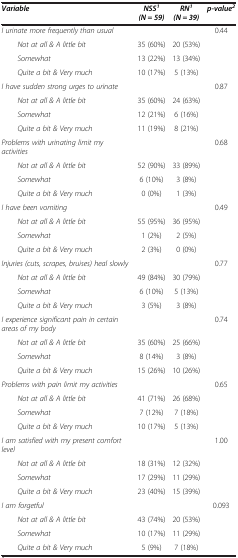
<table><thead><tr><td><b><i>Variable</i></b></td><td><b><i>NSS</i><sup><i>1 </i></sup><i>(N = 59)</i></b></td><td><b><i>RN</i><sup><i>1 </i></sup><i>(N = 39)</i></b></td><td><b><i>p-value</i><sup><i>2</i></sup></b></td></tr></thead><tbody><tr><td><i>I urinate more frequently than usual</i></td><td> </td><td> </td><td>0.44</td></tr><tr><td><i>Not at all &amp; A little bit</i></td><td>35 (60%)</td><td>20 (53%)</td><td> </td></tr><tr><td><i>Somewhat</i></td><td>13 (22%)</td><td>13 (34%)</td><td> </td></tr><tr><td><i>Quite a bit &amp; Very much</i></td><td>10 (17%)</td><td>5 (13%)</td><td> </td></tr><tr><td><i>I have sudden strong urges to urinate</i></td><td> </td><td> </td><td>0.87</td></tr><tr><td><i>Not at all &amp; A little bit</i></td><td>35 (60%)</td><td>24 (63%)</td><td> </td></tr><tr><td><i>Somewhat</i></td><td>12 (21%)</td><td>6 (16%)</td><td> </td></tr><tr><td><i>Quite a bit &amp; Very much</i></td><td>11 (19%)</td><td>8 (21%)</td><td> </td></tr><tr><td><i>Problems with urinating limit my activities</i></td><td> </td><td> </td><td>0.68</td></tr><tr><td><i>Not at all &amp; A little bit</i></td><td>52 (90%)</td><td>33 (89%)</td><td> </td></tr><tr><td><i>Somewhat</i></td><td>6 (10%)</td><td>3 (8%)</td><td> </td></tr><tr><td><i>Quite a bit &amp; Very much</i></td><td>0 (0%)</td><td>1 (3%)</td><td> </td></tr><tr><td><i>I have been vomiting</i></td><td> </td><td> </td><td>0.49</td></tr><tr><td><i>Not at all &amp; A little bit</i></td><td>55 (95%)</td><td>36 (95%)</td><td> </td></tr><tr><td><i>Somewhat</i></td><td>1 (2%)</td><td>2 (5%)</td><td> </td></tr><tr><td><i>Quite a bit &amp; Very much</i></td><td>2 (3%)</td><td>0 (0%)</td><td> </td></tr><tr><td><i>Injuries (cuts, scrapes, bruises) heal slowly</i></td><td> </td><td> </td><td>0.77</td></tr><tr><td><i>Not at all &amp; A little bit</i></td><td>49 (84%)</td><td>30 (79%)</td><td> </td></tr><tr><td><i>Somewhat</i></td><td>6 (10%)</td><td>5 (13%)</td><td> </td></tr><tr><td><i>Quite a bit &amp; Very much</i></td><td>3 (5%)</td><td>3 (8%)</td><td> </td></tr><tr><td><i>I experience significant pain in certain areas of my body</i></td><td> </td><td> </td><td>0.74</td></tr><tr><td><i>Not at all &amp; A little bit</i></td><td>35 (60%)</td><td>25 (66%)</td><td> </td></tr><tr><td><i>Somewhat</i></td><td>8 (14%)</td><td>3 (8%)</td><td> </td></tr><tr><td><i>Quite a bit &amp; Very much</i></td><td>15 (26%)</td><td>10 (26%)</td><td> </td></tr><tr><td><i>Problems with pain limit my activities</i></td><td> </td><td> </td><td>0.65</td></tr><tr><td><i>Not at all &amp; A little bit</i></td><td>41 (71%)</td><td>26 (68%)</td><td> </td></tr><tr><td><i>Somewhat</i></td><td>7 (12%)</td><td>7 (18%)</td><td> </td></tr><tr><td><i>Quite a bit &amp; Very much</i></td><td>10 (17%)</td><td>5 (13%)</td><td> </td></tr><tr><td><i>I am satisfied with my present comfort level</i></td><td> </td><td> </td><td>1.00</td></tr><tr><td><i>Not at all &amp; A little bit</i></td><td>18 (31%)</td><td>12 (32%)</td><td> </td></tr><tr><td><i>Somewhat</i></td><td>17 (29%)</td><td>11 (29%)</td><td> </td></tr><tr><td><i>Quite a bit &amp; Very much</i></td><td>23 (40%)</td><td>15 (39%)</td><td> </td></tr><tr><td><i>I am forgetful</i></td><td> </td><td> </td><td>0.093</td></tr><tr><td><i>Not at all &amp; A little bit</i></td><td>43 (74%)</td><td>20 (53%)</td><td> </td></tr><tr><td><i>Somewhat</i></td><td>10 (17%)</td><td>11 (29%)</td><td> </td></tr><tr><td><i>Quite a bit &amp; Very much</i></td><td>5 (9%)</td><td>7 (18%)</td><td> </td></tr></tbody></table>